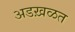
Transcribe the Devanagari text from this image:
अडख़ळत